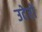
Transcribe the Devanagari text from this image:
उटेरो